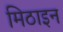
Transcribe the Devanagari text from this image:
मिठाइन